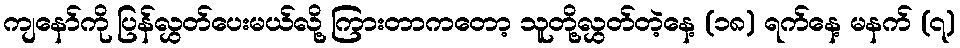
ကျနော်ကို ပြန်လွှတ်ပေးမယ်လို့ ကြားတာကတော့ သူတို့လွှတ်တဲ့နေ့ (၁၈) ရက်နေ့ မနက် (၇)